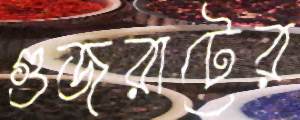
গুজরাটের